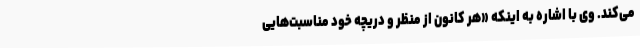
می‌کند. وی با اشاره به اینکه «هر کانون از منظر و دریچه خود مناسبت‌هایی